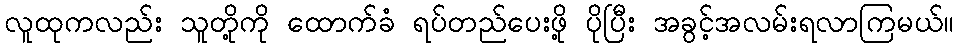
လူထုကလည်း သူတို့ကို ထောက်ခံ ရပ်တည်ပေးဖို့ ပိုပြီး အခွင့်အလမ်းရလာကြမယ်။